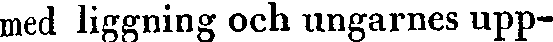
med liggning och ungarnes upp-